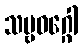
သဗ္ဗဝဂ္ဂေါ